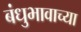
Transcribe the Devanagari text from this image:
बंधुभावाच्या